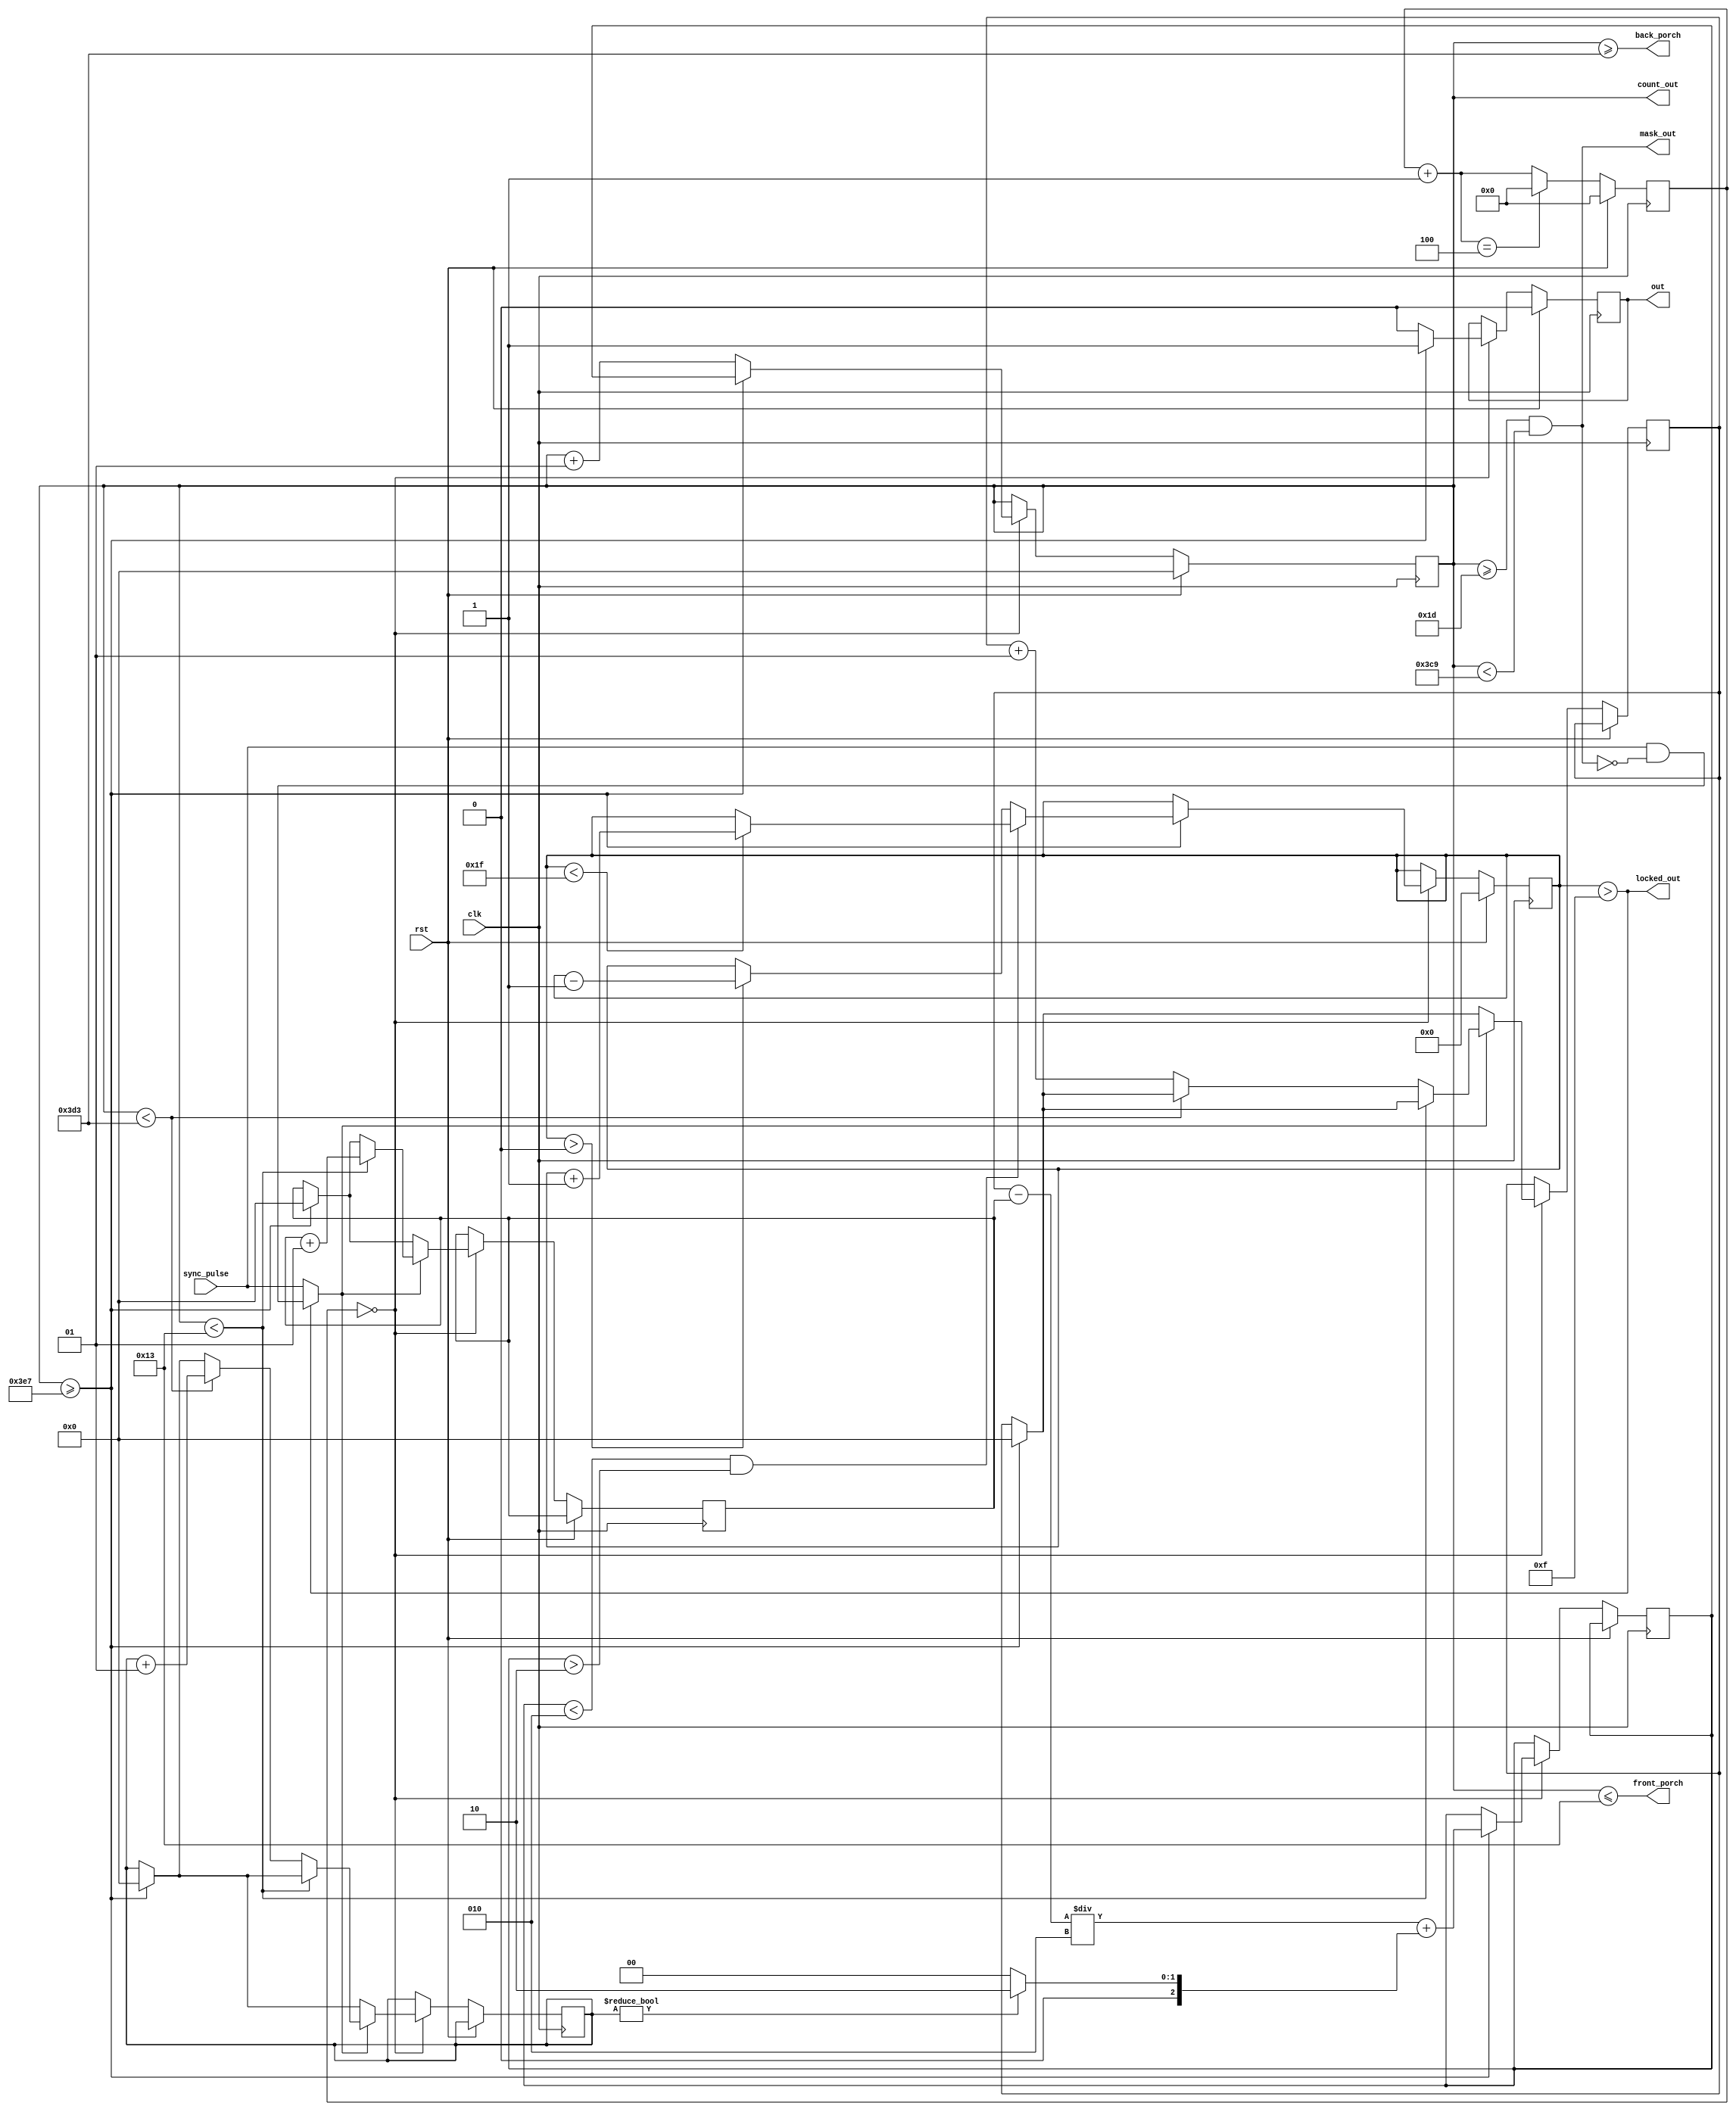
module locktimer (
    input clk,  // clock
    input rst,  // reset

    input sync_pulse, // pulse train of same period as this locktimer

    output [WIDTH - 1 : 0] count_out,
    output reg out,
    output wire mask_out,
    output wire back_porch,
    output wire front_porch,
    output wire locked_out
  );

  parameter WIDTH = 32;
  parameter DIV = 2;
  parameter PERIOD = 1000;
  parameter DUTY_CYCLE = 10;

  parameter __DIV_C = 8'b01 << DIV;
  parameter __FZ_MARK = DUTY_CYCLE * 2;
  parameter __CZ_MARK = PERIOD - (__FZ_MARK);

  parameter LOCKED_MAX = 5'b11111;
  parameter LOCKED_THRESH = LOCKED_MAX / 2;
  // The maximum phase offset in a cycle for which the PLL is still considered "locked"
  parameter LOCKED_PHASE_THRESH = DUTY_CYCLE / 4;

  /* The amount to adjust the phase by when a signal is detected in the center of a
   * pulse window
   */
  parameter PHASE_CENTER_ADJ = DUTY_CYCLE / 4;

  reg signed [WIDTH - 1 : 0] count;
  reg [7 : 0] div_count;

  reg [4 : 0] locked;

  /* Front, center, and back zone counters. The marks for these zones are given by
   * __FZ_MARK and __CZ_MARK.
   */
  reg signed [WIDTH - 1 : 0] fz_count;
  reg signed [WIDTH - 1 : 0] cz_count;
  reg signed [WIDTH - 1 : 0] bz_count;

  reg signed [WIDTH - 1 : 0] phase_offset;

  // The masked sync pulse (masked when PLL is locked)
  wire sync_pulse_p;

  always @(posedge clk) begin

    if (rst) begin
      count <= 0;
      div_count <= 0;
      out <= 0;
      locked <= 0;
    end else begin

      // Divide the clock by DIV
      div_count <= ((div_count + 8'b01) == __DIV_C) ? (0) : (div_count + 1);

      if(div_count == 0) begin

        if (count >= /*$signed*/(PERIOD - 1)) begin
          /* If the counter has elapsed, compute the phase offset for this period,
           * and apply that phase offset to the count. If the counter has been offset
           * backwards, don't output a pulse at the next match so that the next period
           * gets stretched by the offset (as opposed to having a short period of
           * length abs(phase_offset)).
           */
          phase_offset <= (((bz_count - fz_count) / 2) +
                           (cz_count ? PHASE_CENTER_ADJ : 0)); /* +
                           ((((bz_count > fz_count) ? (bz_count - fz_count) : (fz_count - bz_count)) > (DUTY_CYCLE * 2)) ? (PERIOD / 4) : (0)) +
                           (((bz_count + fz_count) > (DUTY_CYCLE / 2)) ? (PERIOD / 8) : (0))); */

          out <= 1;
          count <= phase_offset;

          if(phase_offset < LOCKED_PHASE_THRESH && phase_offset > -LOCKED_PHASE_THRESH) begin
            if(locked < LOCKED_MAX) begin
              locked <= locked + 1;
            end
          end else begin
            if(locked > 0) begin
              locked <= locked - 1;
            end
          end

          // Reset the zone counters
          fz_count <= 0;
          cz_count <= 0;
          bz_count <= 0;

        end else begin
          count <= count + 1;
          out <= 0;
        end

        if (sync_pulse_p) begin
          if (count < (__FZ_MARK - 1)) begin
            fz_count <= fz_count + 1;
          end else if (count < (__CZ_MARK - 1)) begin
            cz_count <= cz_count + 1;
          end else begin
            bz_count <= bz_count + 1;
          end
        end
      end
    end
  end

  assign sync_pulse_p = (locked > LOCKED_THRESH) ? (sync_pulse & ~mask_out) : (sync_pulse);
  assign locked_out = (locked > LOCKED_THRESH);
  assign mask_out = ((count >= (__FZ_MARK + DUTY_CYCLE - 1)) && (count < (__CZ_MARK - DUTY_CYCLE - 1)));
  assign back_porch = (count >= (__CZ_MARK - 1));
  assign front_porch = (count <= (__FZ_MARK - 1));
  assign count_out = count;

endmodule